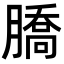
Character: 𦠚